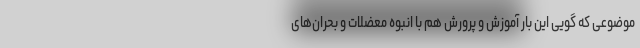
موضوعی که گویی این بار آموزش و پرورش هم با انبوه معضلات و بحران‌های